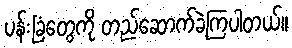
ပန်းခြံတွေကို တည်ဆောက်ခဲ့ကြပါတယ်။